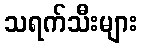
သရက်သီးများ